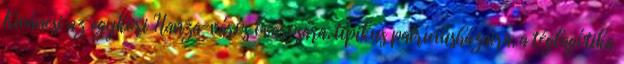
Kíváncsi az egykori Hanza-város óvárosára, tipikus patríciusházaira, a téglagótika